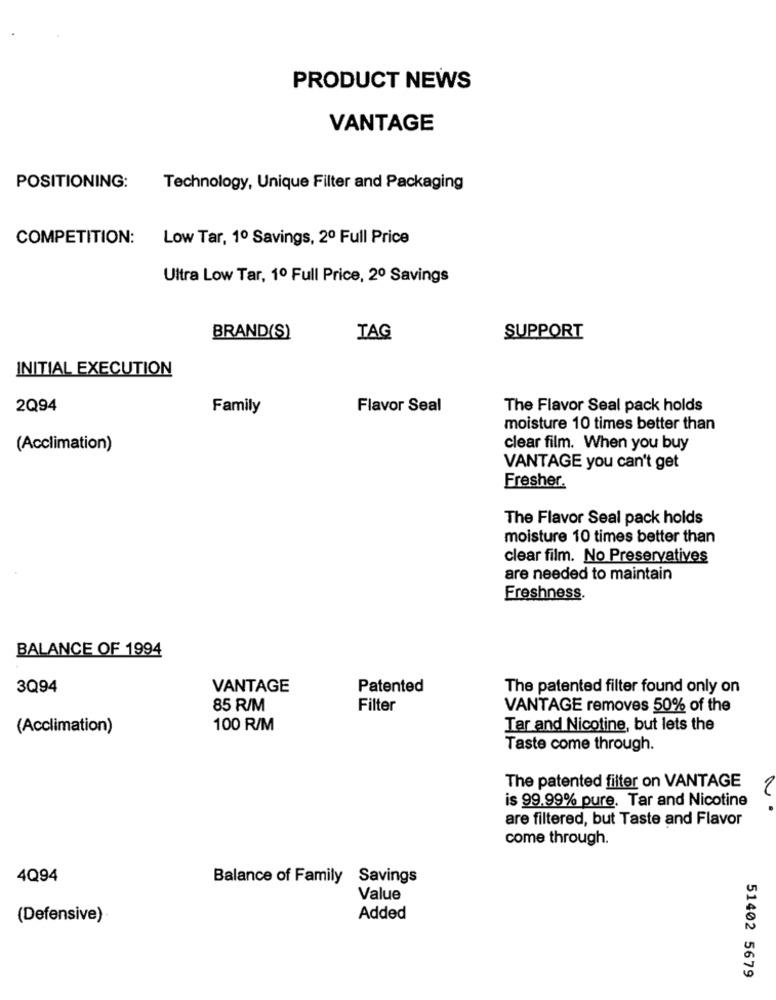
PRODUCT NEWS
VANTAGE
POSITIONING:
Technology, Unique Filter and Packaging
COMPETITION:
Low Tar, 1º Savings, 2º Full Price
Ultra Low Tar, 1º Full Price, 2º Savings
BRAND(S)
TAG
SUPPORT
INITIAL EXECUTION
2Q94
Family
Flavor Seal
The Flavor Seal pack holds
moisture 10 times better than
(Acclimation)
clear film. When you buy
VANTAGE you can't get
Fresher.
The Flavor Seal pack holds
moisture 10 times better than
clear film. No Preservatives
are needed to maintain
Freshness.
BALANCE OF 1994
3Q94
VANTAGE
Patented
The patented filter found only on
85 R/M
Filter
VANTAGE removes 50% of the
(Acclimation)
100 R/M
Tar and Nicotine, but lets the
Taste come through.
The patented filter on VANTAGE
1
is 99.99% pure. Tar and Nicotine
are filtered, but Taste and Flavor
come through.
4Q94
Balance of Family Savings
Value
(Defensive)
Added
51402 5679